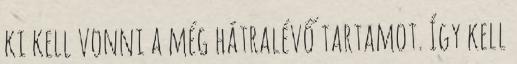
ki kell vonni a még hátralévő tartamot. Így kell